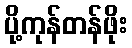
ပို့ကုန်တန်ဖိုး